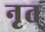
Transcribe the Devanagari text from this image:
नृत्